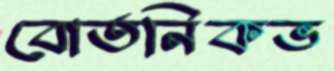
বোর্তনিকভ